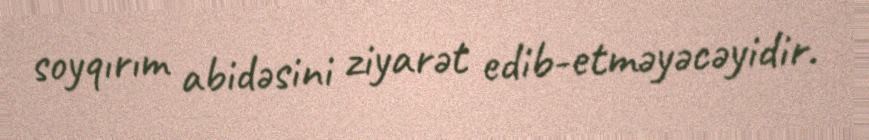
soyqırım abidəsini ziyarət edib-etməyəcəyidir.